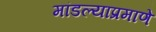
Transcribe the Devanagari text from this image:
मांडल्याप्रमाणे